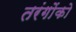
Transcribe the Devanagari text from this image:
तरंगोंको